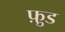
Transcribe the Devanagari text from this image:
फ़ु़ड